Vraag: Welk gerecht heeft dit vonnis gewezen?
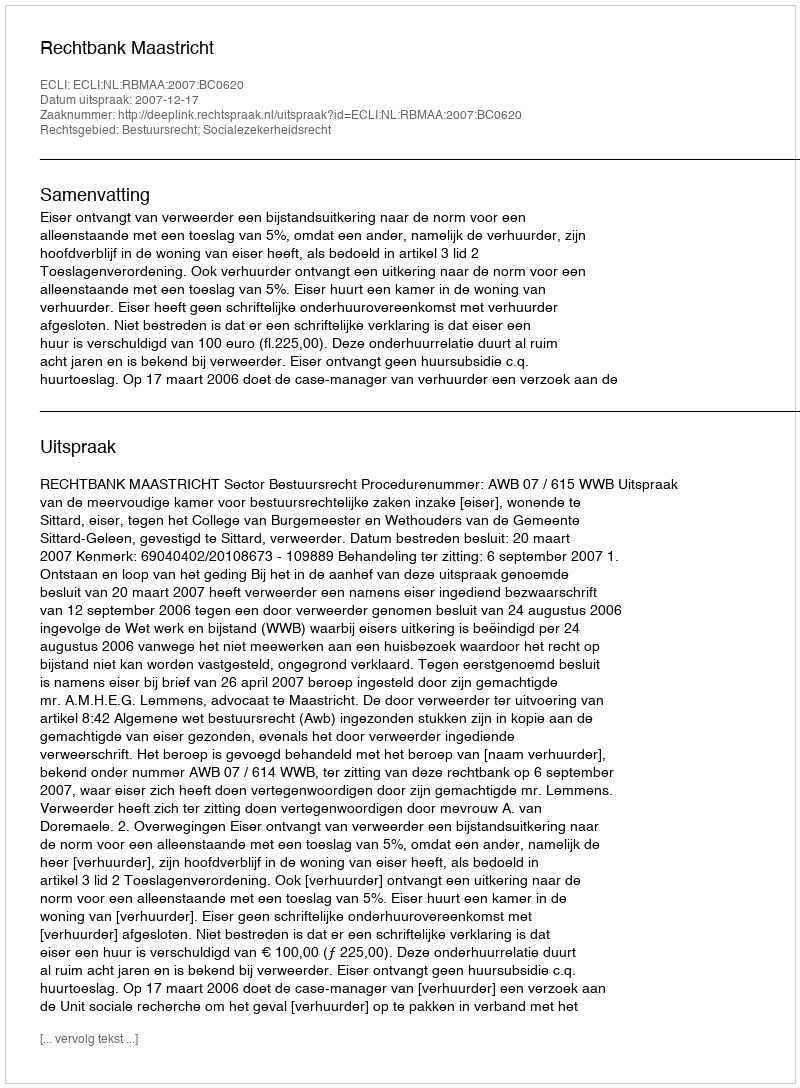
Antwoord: Rechtbank Maastricht